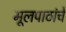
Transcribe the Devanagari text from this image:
मूलपाठांचे